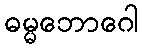
ဓမ္မဘောဂေါ